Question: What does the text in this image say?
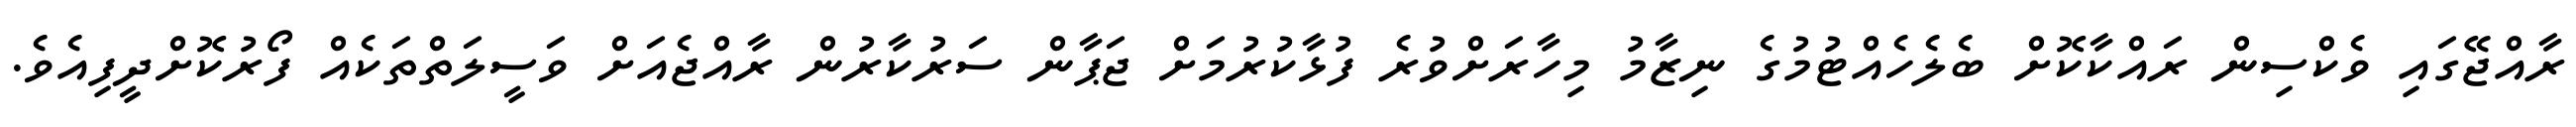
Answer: ރާއްޖޭގައި ވެކްސިން ރައްކާކޮށް ބެލެހެއްޓުމުގެ ނިޒާމު މިހާރަށްވުރެ ފުޅާކުރުމަށް ޖަޕާން ސަރުކާރުން ރާއްޖެއަށް ވަސީލަތްތަކެއް ފޯރުކޮށްދީފިއެވެ.